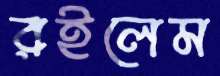
রইলেম